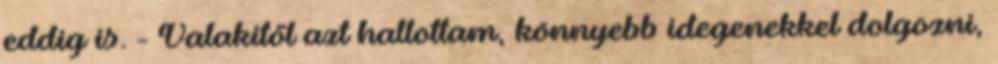
eddig is. - Valakitől azt hallottam, könnyebb idegenekkel dolgozni,